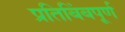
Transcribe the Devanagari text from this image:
प्रतिबिंबपूर्ण